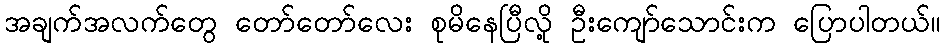
အချက်အလက်တွေ တော်တော်လေး စုမိနေပြီလို့ ဦးကျော်သောင်းက ပြောပါတယ်။